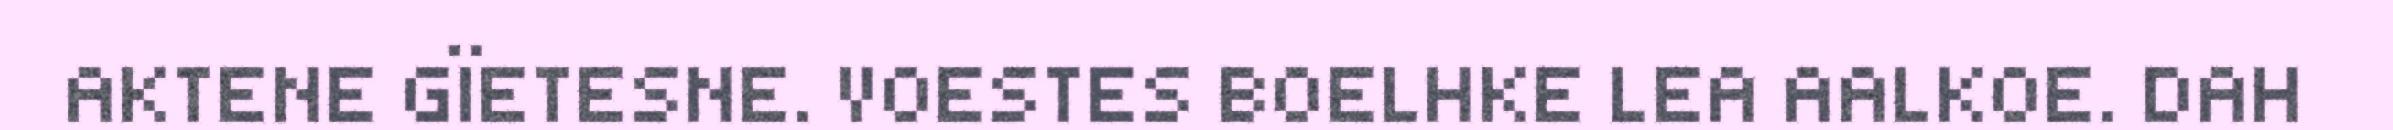
AKTENE GÏETESNE. VOESTES BOELHKE LEA AALKOE. DAH